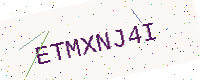
Text: ETMXNJ4I